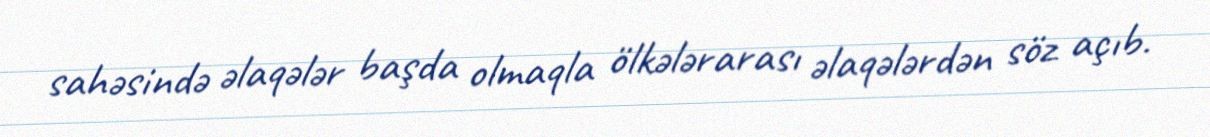
sahəsində əlaqələr başda olmaqla ölkələrarası əlaqələrdən söz açıb.